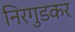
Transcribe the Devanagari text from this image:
निरगुडकर